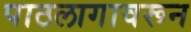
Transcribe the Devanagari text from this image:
पाठलागावरून